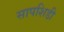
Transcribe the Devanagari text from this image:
सापशिडी